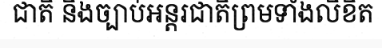
ជាតិ និងច្បាប់អន្តរជាតិព្រមទាំងលិខិត